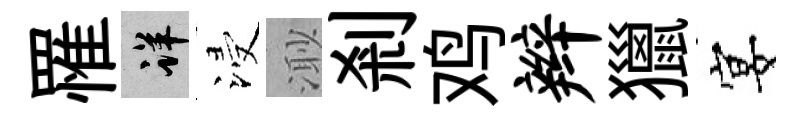
罹详浸𣺌剎鸡辫獵宴